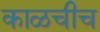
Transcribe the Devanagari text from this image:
काळचीच